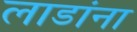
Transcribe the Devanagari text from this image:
लाडांना